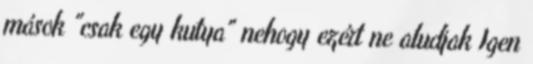
mások "csak egy kutya" nehogy ezért ne aludjak Igen